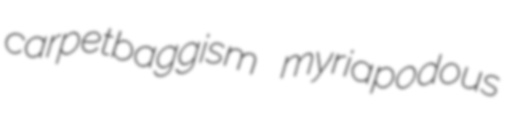
carpetbaggism myriapodous